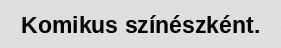
Komikus színészként.